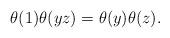
LaTeX: \begin{align*}\theta(1) \theta(yz) = \theta(y)\theta(z).\end{align*}